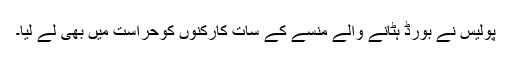
پولیس نے بورڈ ہٹانے والے منسے کے سات کارکنوں کوحراست میں بھی لے لیا۔